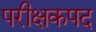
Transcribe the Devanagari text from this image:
परीक्षकपद